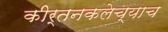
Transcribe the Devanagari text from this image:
कीर्तनकलेच्याच